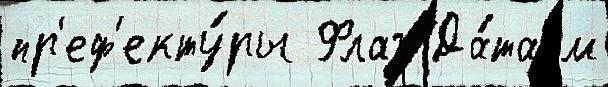
пр'еф'екту́ры Флаг Да́та м